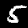
Digit: 5